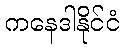
ကနေဒါနိုင်ငံ